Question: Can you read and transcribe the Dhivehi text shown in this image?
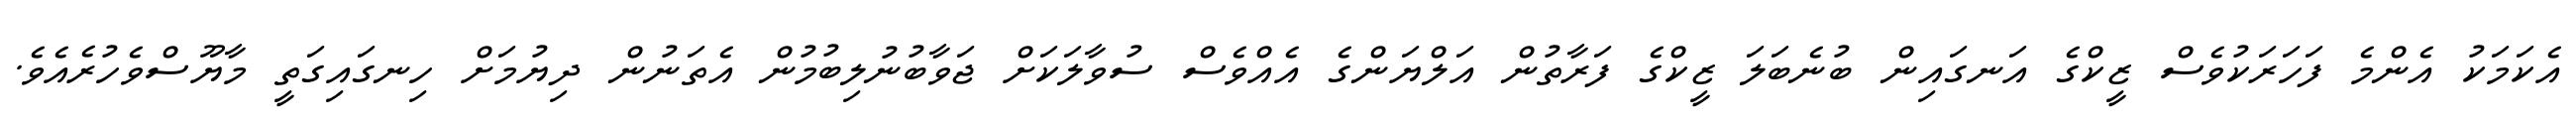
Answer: އެކަމަކު އެންމެ ފަހަރަކުވެސް ޒީކްގެ އަނގައިން ބުނެބަލަ ޒީކްގެ ފަރާތުން އަލްޔަންގެ އެއްވެސް ސުވާލަކަށް ޖަވާބުނުލިބުމުން އެތަނުން ދިޔުމަށް ހިނގައިގަތީ މާޔޫސްވެހުރެއެވެ.